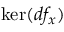
\ker ( d f _ { x } )